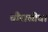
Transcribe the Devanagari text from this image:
चौरासीवां